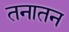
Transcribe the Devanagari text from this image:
तनातन